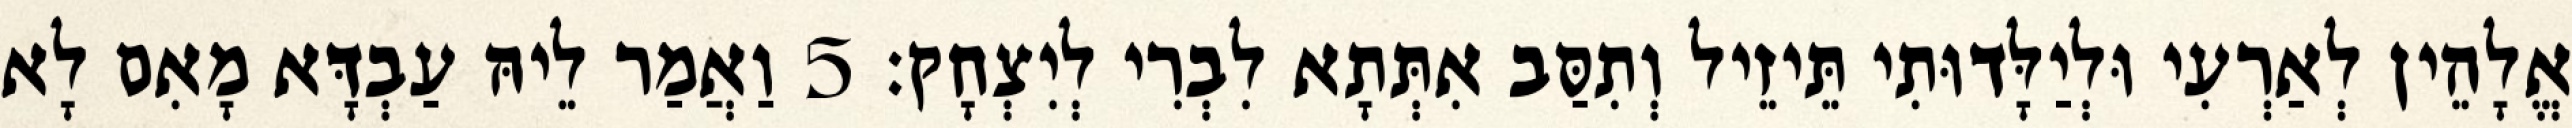
אֱלָהֵין לְאַרְעִי וּלְיַלָּדוּתִי תֵּיזֵיל וְתִסַּב אִתְּתָא לִבְרִי לְיִצְחָק׃ 5 וַאֲמַר לֵיהּ עַבְדָּא מָאִם לָא